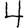
Digit: 4